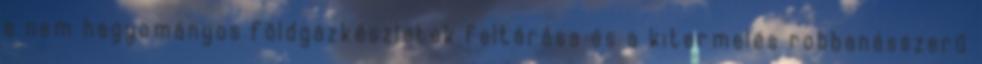
a nem hagyományos földgázkészletek feltárása és a kitermelés robbanásszerű